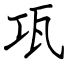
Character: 瓨